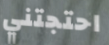
احتجتني